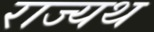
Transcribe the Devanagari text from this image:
राज्यथ